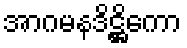
အာဂမနဒိဋ္ဌိကော